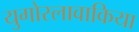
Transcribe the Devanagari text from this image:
युगोस्लावाकिया